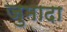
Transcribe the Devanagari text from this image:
जुमादा